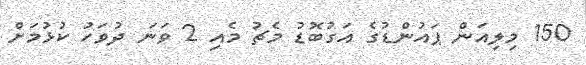
150 މިލިއަން ޕައުންޑުގެ އަގުބޮޑު މެޗު މެއި 2 ވަނަ ދުވަހު ކުޅުމަށް